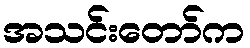
အသင်းတော်က